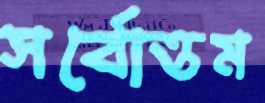
সর্বোত্তম